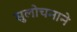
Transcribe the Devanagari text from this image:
सुलोचनाने